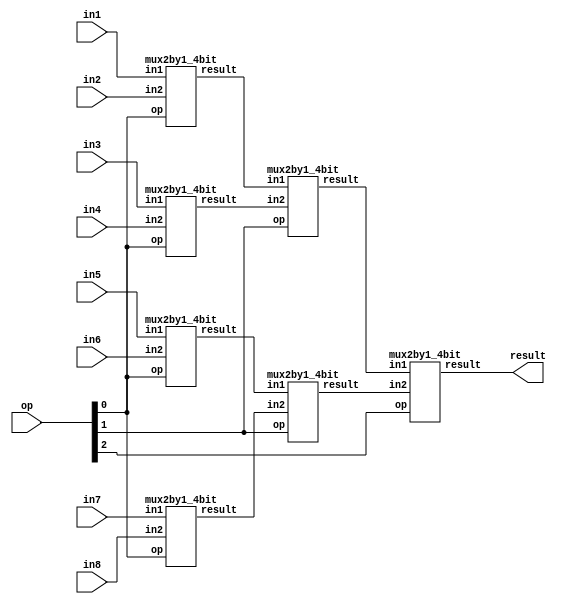
module mux8by1 (in1,in2,in3,in4,in5,in6,in7,in8,op,result);

	input [3:0]in1;
	input [3:0]in2;
	input [3:0]in3;
	input [3:0]in4;
	input [3:0]in5;
	input [3:0]in6;
	input [3:0]in7;
	input [3:0]in8;
	input [2:0]op;
	output [3:0]result;

	wire [3:0]w_mux1_1;
	wire [3:0]w_mux1_2;
	wire [3:0]w_mux1_3;
	wire [3:0]w_mux1_4;
	wire [3:0]w_mux2_1;
	wire [3:0]w_mux2_2;

	mux2by1_4bit mux1_1(.in1(in1), .in2(in2), .op(op[0]), .result(w_mux1_1));
	mux2by1_4bit mux1_2(.in1(in3), .in2(in4), .op(op[0]), .result(w_mux1_2));
	mux2by1_4bit mux1_3(.in1(in5), .in2(in6), .op(op[0]), .result(w_mux1_3));
	mux2by1_4bit mux1_4(.in1(in7), .in2(in8), .op(op[0]), .result(w_mux1_4));
	mux2by1_4bit mux2_1(.in1(w_mux1_1), .in2(w_mux1_2), .op(op[1]), .result(w_mux2_1));
	mux2by1_4bit mux2_2(.in1(w_mux1_3), .in2(w_mux1_4), .op(op[1]), .result(w_mux2_2));
	mux2by1_4bit mux3_1(.in1(w_mux2_1), .in2(w_mux2_2), .op(op[2]), .result(result));

endmodule 


////////////////     module mux2by1 - 4bit       ///////////////////
module mux2by1_4bit(in1, in2, op, result);
	input [3:0]in1;
   input [3:0]in2;
   input op;
   output [3:0]result;
	
   mux2by1 mux0(.in1(in1[0]), .in2(in2[0]), .op(op), .result(result[0]));
   mux2by1 mux1(.in1(in1[1]), .in2(in2[1]), .op(op), .result(result[1]));
   mux2by1 mux2(.in1(in1[2]), .in2(in2[2]), .op(op), .result(result[2]));
   mux2by1 mux3(.in1(in1[3]), .in2(in2[3]), .op(op), .result(result[3]));
endmodule

/////////////////    module mux2by1 - 1bit         ////////////
module mux2by1(in1,in2,op,result);
	input in1;
	input in2;
	input op;
	output result;

	wire w1,w2,w3;
  
	assign w1 = ~op;
	assign w2 = in1 & w1;
	assign w3 = in2 & op;
	assign result = w2 | w3;
endmodule